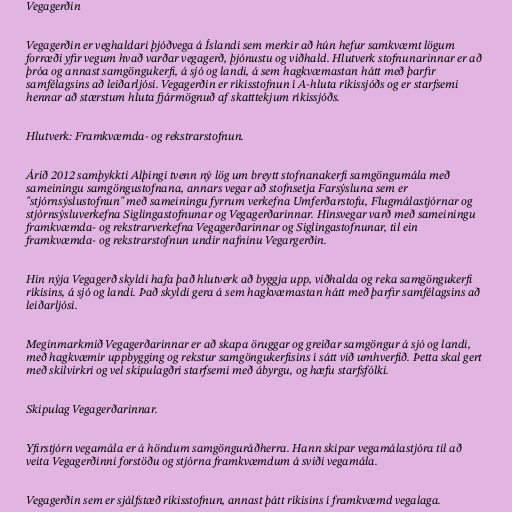
Vegagerðin

Vegagerðin er veghaldari þjóðvega á Íslandi sem merkir að hún hefur samkvæmt lögum
forræði yfir vegum hvað varðar vegagerð, þjónustu og viðhald. Hlutverk stofnunarinnar er að
þróa og annast samgöngukerfi, á sjó og landi, á sem hagkvæmastan hátt með þarfir
samfélagsins að leiðarljósi. Vegagerðin er ríkisstofnun í A-hluta ríkissjóðs og er starfsemi
hennar að stærstum hluta fjármögnuð af skatttekjum ríkissjóðs.

Hlutverk: Framkvæmda- og rekstrarstofnun.

Árið 2012 samþykkti Alþingi tvenn ný lög um breytt stofnanakerfi samgöngumála með
sameiningu samgöngustofnana, annars vegar að stofnsetja Farsýsluna sem er
"stjórnsýslustofnun" með sameiningu fyrrum verkefna Umferðarstofu, Flugmálastjórnar og
stjórnsýsluverkefna Siglingastofnunar og Vegagerðarinnar. Hinsvegar varð með sameiningu
framkvæmda- og rekstrarverkefna Vegagerðarinnar og Siglingastofnunar, til ein
framkvæmda- og rekstrarstofnun undir nafninu Vegargerðin.

Hin nýja Vegagerð skyldi hafa það hlutverk að byggja upp, viðhalda og reka samgöngukerfi
ríkisins, á sjó og landi. Það skyldi gera á sem hagkvæmastan hátt með þarfir samfélagsins að
leiðarljósi.

Meginmarkmið Vegagerðarinnar er að skapa öruggar og greiðar samgöngur á sjó og landi,
með hagkvæmir uppbygging og rekstur samgöngukerfisins í sátt við umhverfið. Þetta skal gert
með skilvirkri og vel skipulagðri starfsemi með ábyrgu, og hæfu starfsfólki.

Skipulag Vegagerðarinnar.

Yfirstjórn vegamála er á höndum samgönguráðherra. Hann skipar vegamálastjóra til að
veita Vegagerðinni forstöðu og stjórna framkvæmdum á sviði vegamála.

Vegagerðin sem er sjálfstæð ríkisstofnun, annast þátt ríkisins í framkvæmd vegalaga.